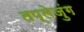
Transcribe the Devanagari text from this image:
तप्लेजुंग